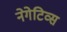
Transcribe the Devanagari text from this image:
नेगेटिव्स